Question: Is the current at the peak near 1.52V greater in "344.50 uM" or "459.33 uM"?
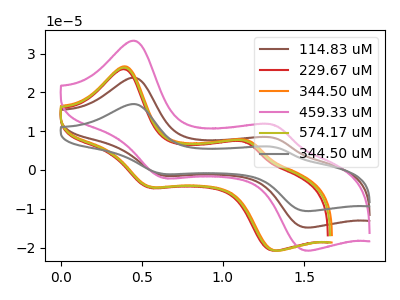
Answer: <think>The brown curve "114.83 uM" has anodic peaks at (0.45V, 23.70uA) (1.30V, 8.20uA) and cathodic peaks at (0.65V, -1.50uA) (1.50V, -14.85uA). The red curve "229.67 uM" has anodic peaks at (0.40V, 25.90uA) (1.15V, 7.15uA) and cathodic peaks at (0.55V, -4.60uA) (1.30V, -20.80uA). The orange curve "344.50 uM" has anodic peaks at (0.40V, 26.65uA) (1.15V, 7.55uA) and cathodic peaks at (0.55V, -4.35uA) (1.35V, -20.80uA). The pink curve "459.33 uM" has anodic peaks at (0.45V, 33.25uA) (1.30V, 11.50uA) and cathodic peaks at (0.65V, -2.05uA) (1.50V, -20.75uA). The olive curve "574.17 uM" has anodic peaks at (0.40V, 26.30uA) (1.15V, 7.35uA) and cathodic peaks at (0.55V, -4.50uA) (1.30V, -20.80uA). The gray curve "344.50 uM" has anodic peaks at (0.45V, 47.45uA) (1.30V, 16.45uA) and cathodic peaks at (0.65V, -2.95uA) (1.50V, -29.65uA).</think>
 <answer>The peak at 1.52V is higher in "344.50 uM" than in "459.33 uM".</answer>
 <eval>higher</eval>